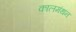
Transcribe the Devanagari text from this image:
कालमंथन